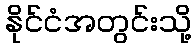
နိုင်ငံအတွင်းသို့